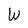
Character: W